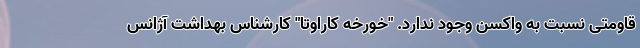
قاومتی نسبت به واکسن وجود ندارد. "خورخه کاراوتا" کارشناس بهداشت آژانس